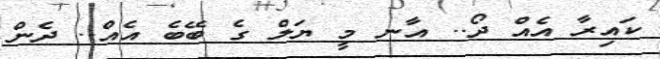
ކައިރާ އެއް ދޯ.. އާނ މީ ޔަލް ގެ ބޭބެ އެއް.. ދެން